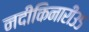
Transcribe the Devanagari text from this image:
नदीकिनारी३५